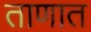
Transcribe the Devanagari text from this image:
ताणात